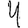
Digit: 4